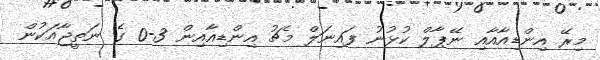
މިރޭ އިންޑިއާއާއި ނޭޕާލް ކުޅުނު ފައިނަލް މެޗު އިންޑިއާއިން 3-0 ގެ ނަތީޖާއަކުން